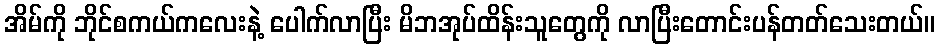
အိမ်ကို ဘိုင်စကယ်ကလေးနဲ့ ပေါက်လာပြီး မိဘအုပ်ထိန်းသူတွေကို လာပြီးတောင်းပန်တတ်သေးတယ်။